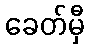
ခေတ်မှီ